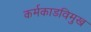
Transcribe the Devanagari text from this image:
कर्मकाडविमुख